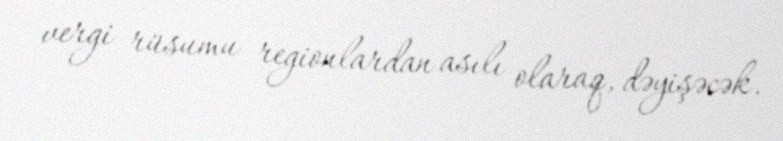
vergi rüsumu regionlardan asılı olaraq, dəyişəcək.